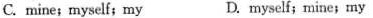
C.mine; myself; my D. myself; mine; my